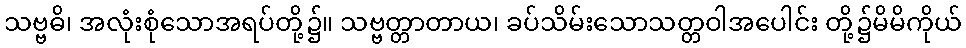
သဗ္ဗဓိ၊ အလုံးစုံသောအရပ်တို့၌။ သဗ္ဗတ္တာတာယ၊ ခပ်သိမ်းသောသတ္တဝါအပေါင်း တို့၌မိမိကိုယ်